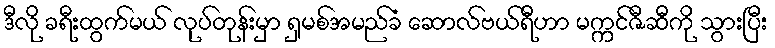
ဒီလို ခရီးထွက်မယ် လုပ်တုန်းမှာ ရှမစ်အမည်ခံ ဆောလ်ဗယ်ရီဟာ မက္ကင်ဇီဆီကို သွားပြီး